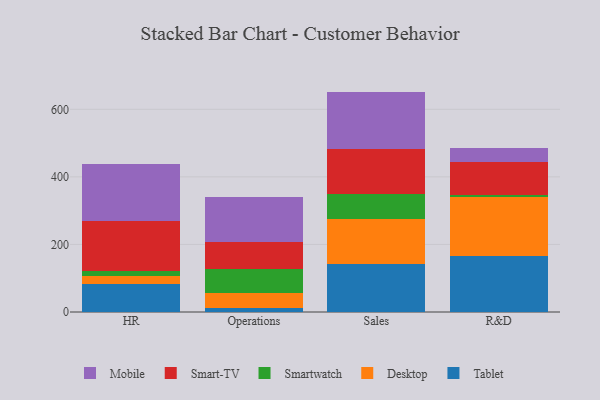
{"axis": {"x": "Department", "y": "Budget (USD K)"}, "legend": ["Desktop", "Mobile", "Smart-TV", "Smartwatch", "Tablet"], "data": [{"x": "HR", "y": 83.7, "type": "Tablet"}, {"x": "HR", "y": 23.3, "type": "Desktop"}, {"x": "HR", "y": 14.7, "type": "Smartwatch"}, {"x": "HR", "y": 147.9, "type": "Smart-TV"}, {"x": "HR", "y": 169.7, "type": "Mobile"}, {"x": "Operations", "y": 11.2, "type": "Tablet"}, {"x": "Operations", "y": 45.6, "type": "Desktop"}, {"x": "Operations", "y": 69.7, "type": "Smartwatch"}, {"x": "Operations", "y": 81.7, "type": "Smart-TV"}, {"x": "Operations", "y": 130.8, "type": "Mobile"}, {"x": "Sales", "y": 143.1, "type": "Tablet"}, {"x": "Sales", "y": 131.0, "type": "Desktop"}, {"x": "Sales", "y": 76.5, "type": "Smartwatch"}, {"x": "Sales", "y": 133.0, "type": "Smart-TV"}, {"x": "Sales", "y": 168.8, "type": "Mobile"}, {"x": "R&D", "y": 165.0, "type": "Tablet"}, {"x": "R&D", "y": 175.0, "type": "Desktop"}, {"x": "R&D", "y": 6.3, "type": "Smartwatch"}, {"x": "R&D", "y": 97.6, "type": "Smart-TV"}, {"x": "R&D", "y": 40.8, "type": "Mobile"}]}